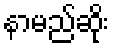
နာမည်ဆိုး